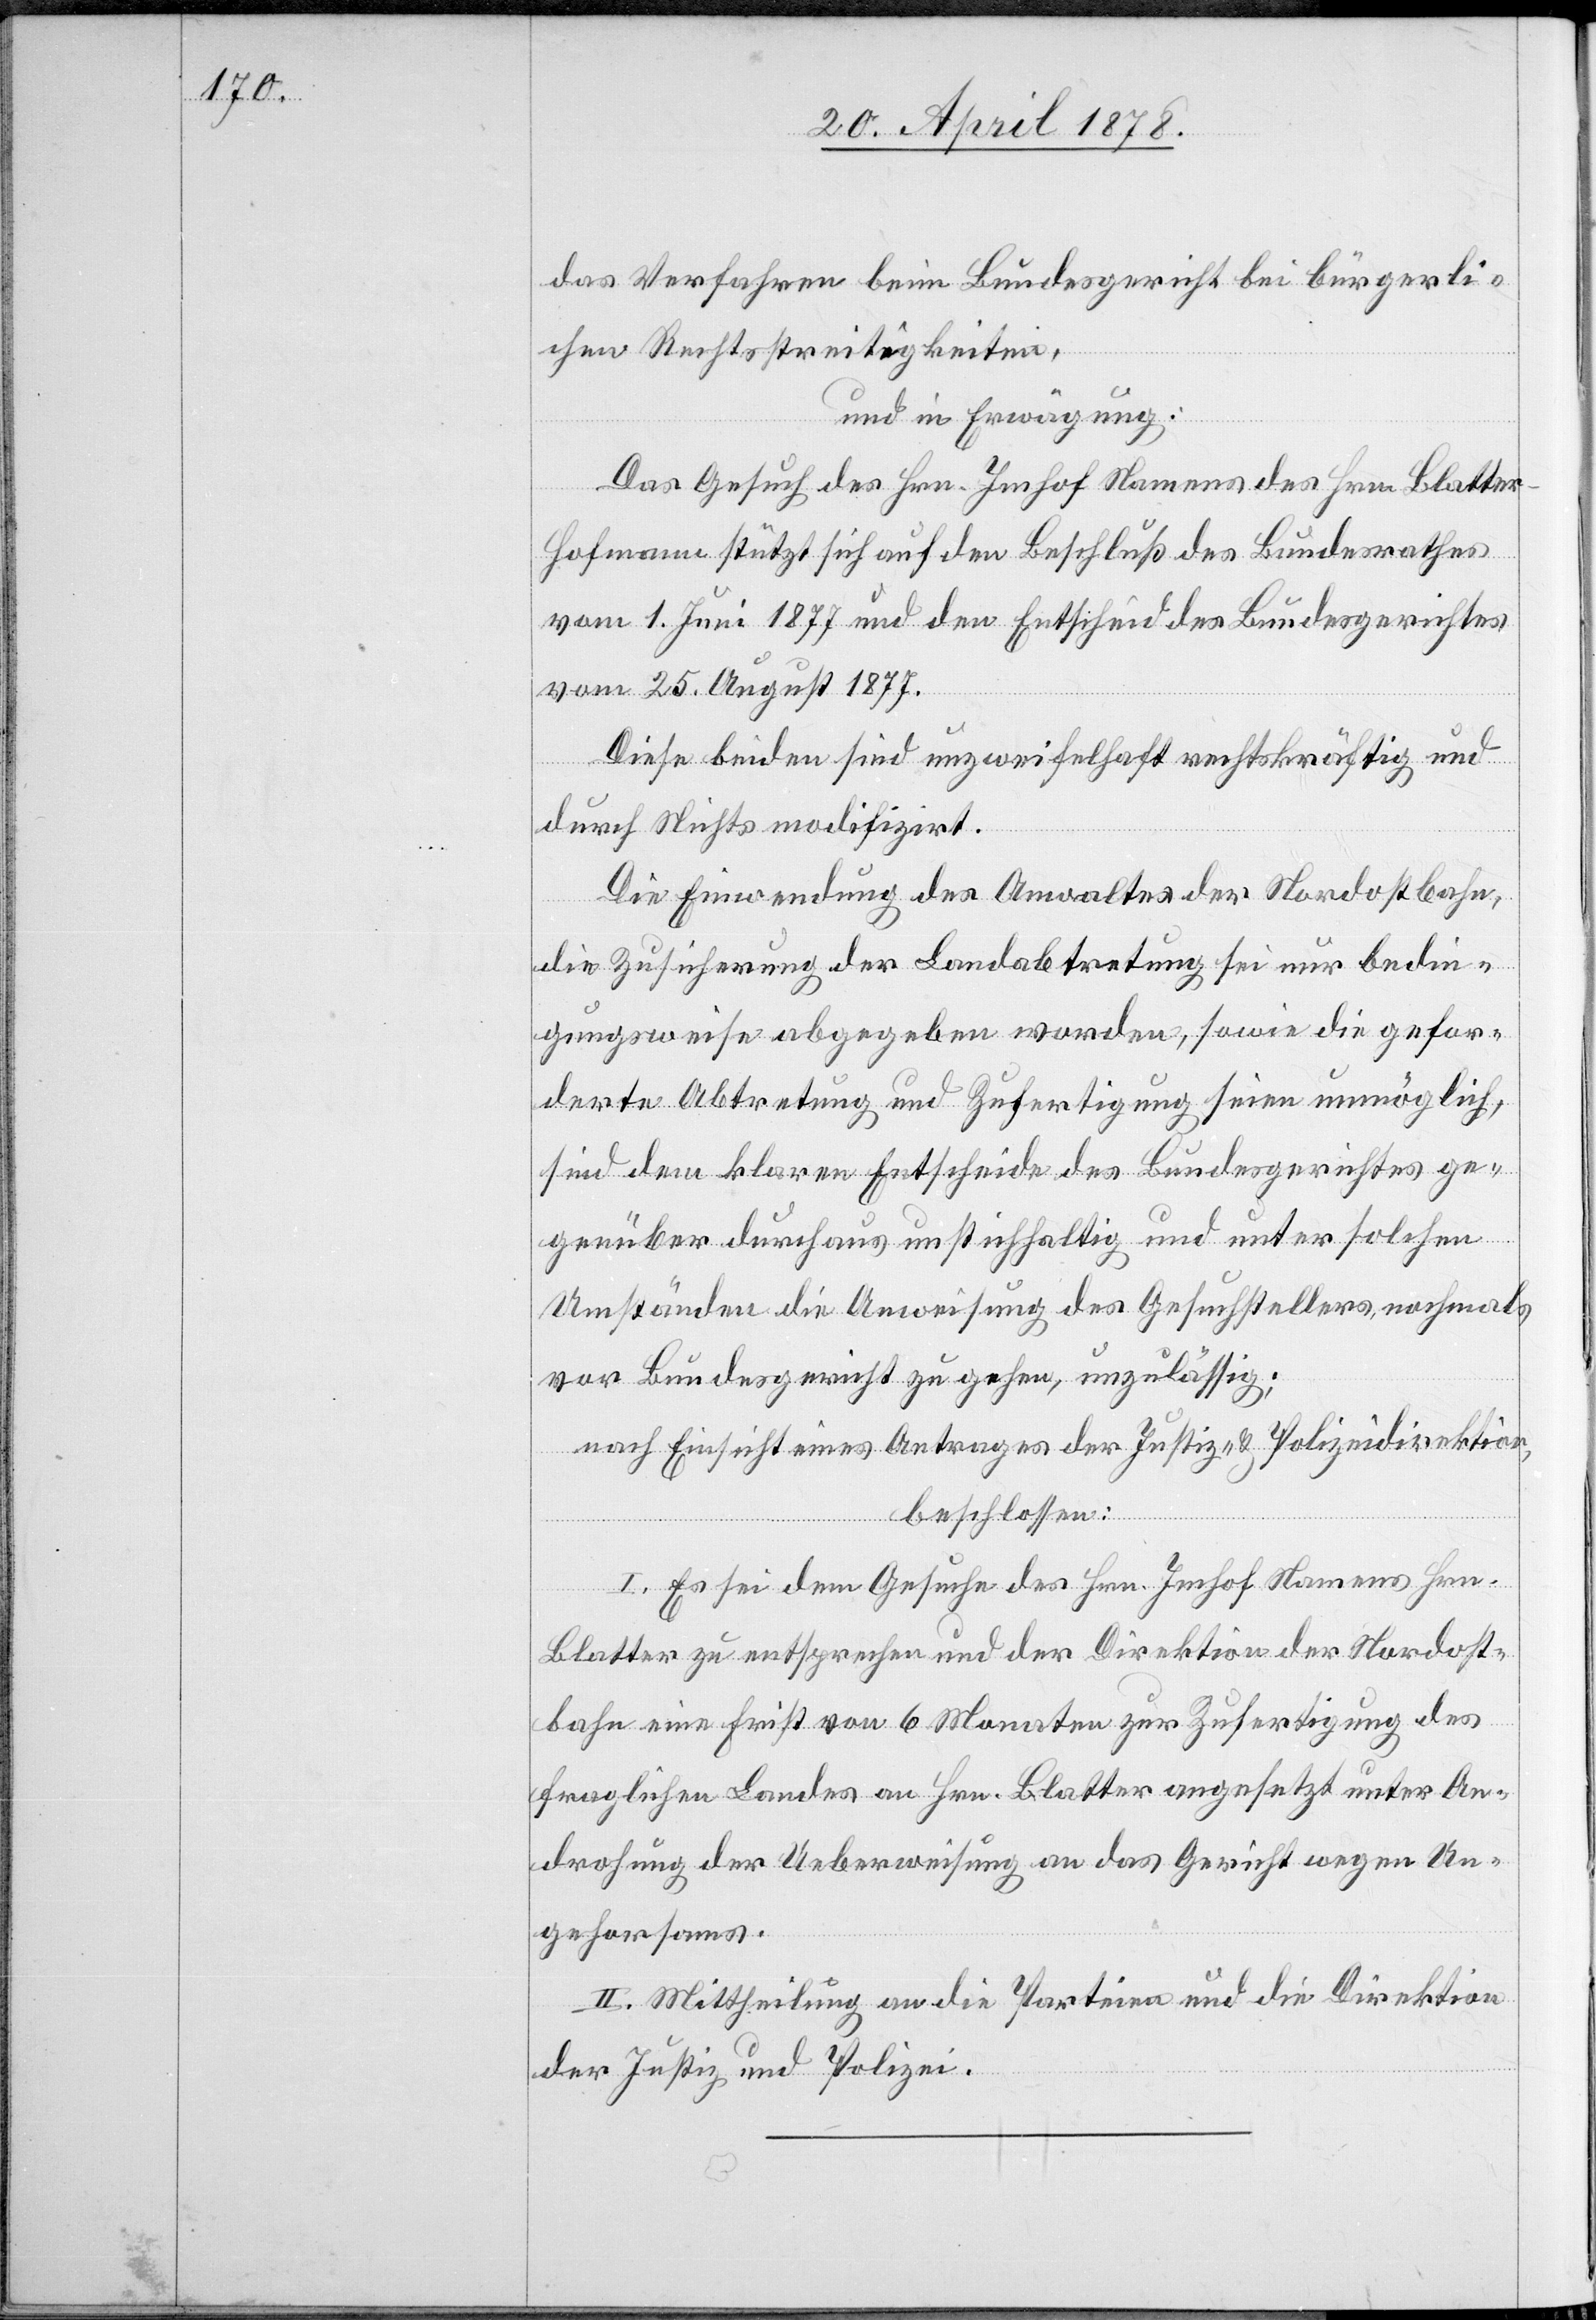
das Verfahren beim Bundesgericht bei bürgerli¬
chen Rechtsstreitigkeiten,
und in Erwägung:
Das Gesuch des Hrn. Imhof Namens des Hrn. Blatte¬
r-Hofmann stützt sich auf den Beschluß des Bundesrathes
vom 1. Juni 1877 und den Entscheid des Bundesgerichtes
vom 25. August 1877.
Diese beiden sind unzweifelhaft rechtskräftig und
durch Nichts modifizirt.
Die Einwendung des Anwaltes der Nordostbahn,
die Zusicherung der Landabtretung sei nur bedin¬
gungsweise abgegeben worden, sowie die gefor¬
derte Abtretung und Zufertigung seien unmöglich,
sind dem klaren Entscheide des Bundesgerichtes ge¬
genüber durchaus unstichhaltig und unter solchen
Umständen die Anweisung des Gesuchstellers, nochmals
vor Bundesgericht zu gehen, unzulässig;
nach Einsicht eines Antrages der Justiz- & Polizeidirektion,
beschlossen:
I. Es sei dem Gesuche des Hrn. Imhof Namens Hrn.
Blatter zu entsprechen und der Direktion der Nordost¬
bahn eine Frist von 6 Monaten zur Zufertigung des
fraglichen Landes an Hrn. Blatter angesetzt unter An¬
drohung der Ueberweisung an das Gericht wegen Un¬
gehorsams.
II. Mittheilung an die Parteien und die Direktion
der Justiz und Polizei.